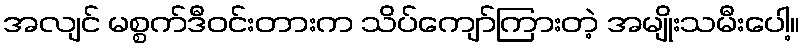
အလျင် မစ္စက်ဒီဝင်းတားက သိပ်ကျော်ကြားတဲ့ အမျိုးသမီးပေါ့။